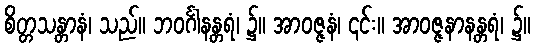
စိတ္တသန္တာနံ၊ သည်။ ဘဝင်္ဂါနန္တရံ၊ ၌။ အာဝဇ္ဇနံ၊ ၎င်း။ အာဝဇ္ဇနာနန္တရံ၊ ၌။